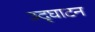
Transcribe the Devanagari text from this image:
उदृघाटन